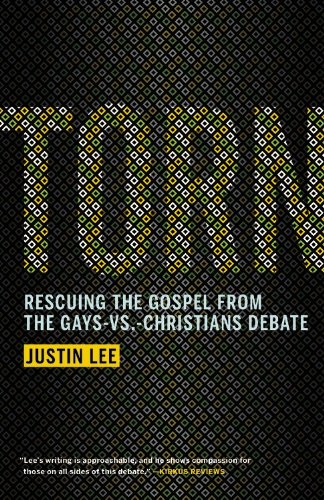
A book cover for Torn: Rescuing the Gospel from the Gays-vs.-Christians Debate; Justin Lee; Gay & Lesbian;